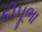
દીપૂભા